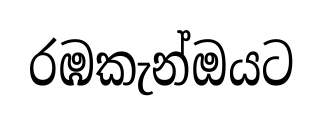
රඹකැන්ඔයට